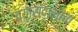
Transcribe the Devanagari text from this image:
व्यारावालांचा